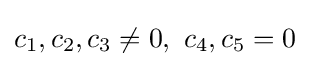
c_{1},c_{2},c_{3}\neq 0,\ c_{4},c_{5}=0